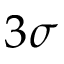
3 \sigma